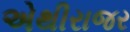
એથીરાજર